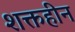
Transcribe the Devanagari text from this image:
शक्तहीन